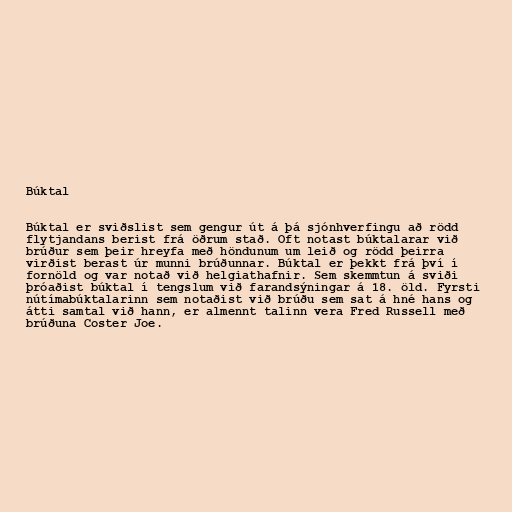
Búktal

Búktal er sviðslist sem gengur út á þá sjónhverfingu að rödd
flytjandans berist frá öðrum stað. Oft notast búktalarar við
brúður sem þeir hreyfa með höndunum um leið og rödd þeirra
virðist berast úr munni brúðunnar. Búktal er þekkt frá því í
fornöld og var notað við helgiathafnir. Sem skemmtun á sviði
þróaðist búktal í tengslum við farandsýningar á 18. öld. Fyrsti
nútímabúktalarinn sem notaðist við brúðu sem sat á hné hans og
átti samtal við hann, er almennt talinn vera Fred Russell með
brúðuna Coster Joe.